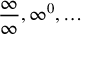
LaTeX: { \frac { \infty } { \infty } } , \infty ^ { 0 } , \ldots